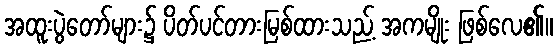
အထူးပွဲတော်များ၌ ပိတ်ပင်တားမြစ်ထားသည့် အကမျိုး ဖြစ်လေ၏။